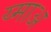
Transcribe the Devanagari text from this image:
य्माअ